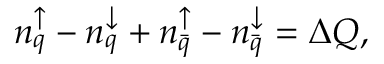
n _ { q } ^ { \uparrow } - n _ { q } ^ { \downarrow } + n _ { \bar { q } } ^ { \uparrow } - n _ { \bar { q } } ^ { \downarrow } = \Delta Q ,